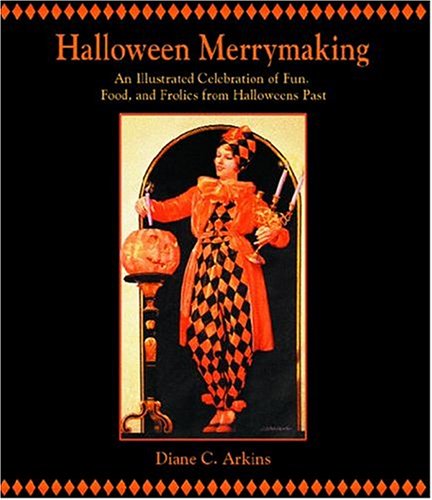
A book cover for Halloween Merrymaking: An Illustrated Celebration of Fun, Food, and Frolics from Halloweens Past; Diane Arkins; Humor & Entertainment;